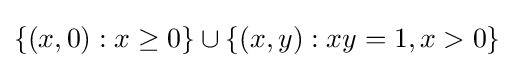
\{(x,0):x\geq 0\}\cup \{(x,y):xy=1,x>0\}